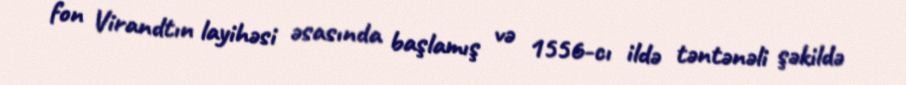
fon Virandtın layihəsi əsasında başlamış və 1556-cı ildə təntənəli şəkildə